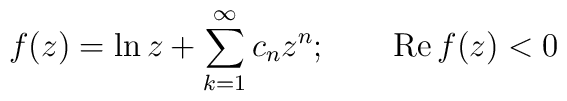
f(z) = \ln z + \sum\limits_{k=1}^\infty c_n z^n;\qquad\mbox{Re}\,f(z)<0